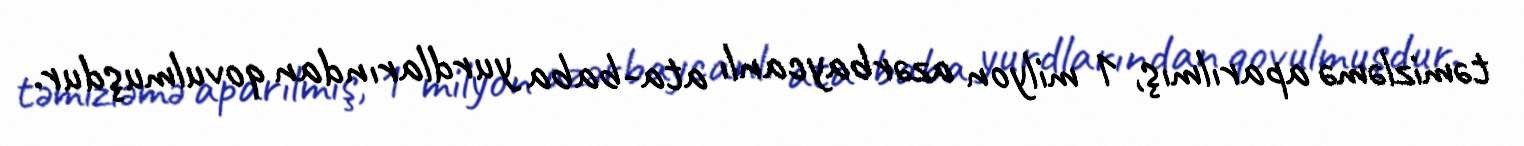
təmizləmə aparılmış, 1 milyon azərbaycanlı ata-baba yurdlarından qovulmuşdur.